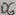
Text: D6